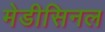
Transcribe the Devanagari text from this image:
मेडीसिनल